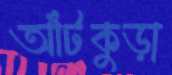
আঁটকুড়া